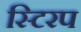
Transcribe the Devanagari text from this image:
स्टिरप